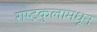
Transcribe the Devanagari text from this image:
राष्ट्रकुलामधून